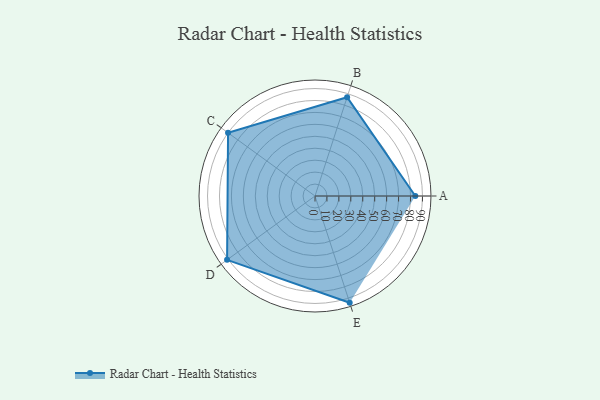
{"axis": {"x": "Skill", "y": "Score"}, "legend": ["Profile"], "data": [{"x": "A", "y": 84.0, "type": "Profile"}, {"x": "B", "y": 87.0, "type": "Profile"}, {"x": "C", "y": 90.0, "type": "Profile"}, {"x": "D", "y": 91.0, "type": "Profile"}, {"x": "E", "y": 94.0, "type": "Profile"}]}